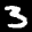
Label: 3